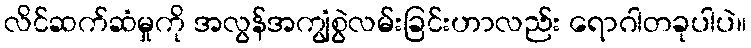
လိင်ဆက်ဆံမှုကို အလွန်အကျွံစွဲလမ်းခြင်းဟာလည်း ရောဂါတခုပါပဲ။